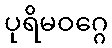
ပုရိမဝဂ္ဂေ